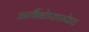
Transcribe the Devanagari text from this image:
आर्गैनोफास्फेट